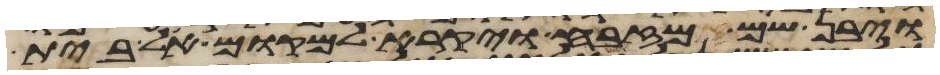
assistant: ויבן שם מזבח ויקרא למקום אל בית